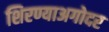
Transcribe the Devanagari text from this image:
शिरण्याअगोदर